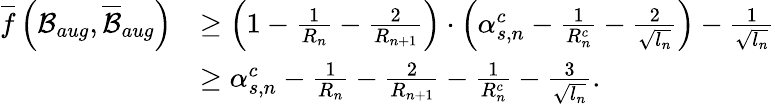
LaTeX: \begin{array}{rl}{\overline{{f}}\left(\mathcal{B}_{aug},\overline{{\mathcal{B}}}_{aug}\right)}&{\geq\left(1-\frac{1}{R_{n}}-\frac{2}{R_{n+1}}\right)\cdot\left(\alpha_{s,n}^{c}-\frac{1}{R_{n}^{c}}-\frac{2}{\sqrt{l_{n}}}\right)-\frac{1}{\sqrt{l_{n}}}}\\ &{\geq\alpha_{s,n}^{c}-\frac{1}{R_{n}}-\frac{2}{R_{n+1}}-\frac{1}{R_{n}^{c}}-\frac{3}{\sqrt{l_{n}}}.}\end{array}